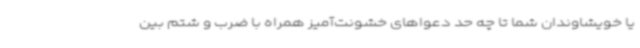
یا خویشاوندان شما تا چه حد دعواهای خشونت‌آمیز همراه با ضرب و شتم بین